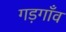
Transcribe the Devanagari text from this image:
गड़गाँव